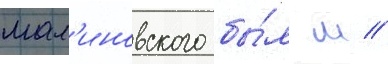
мал'иновского бы́л м //